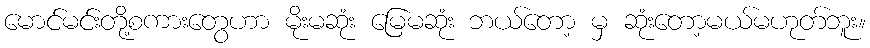
မောင်မင်းတို့စကားတွေဟာ မိုးမဆုံး မြေမဆုံး ဘယ်တော့ မှ ဆုံးတော့မယ်မဟုတ်ဘူး။